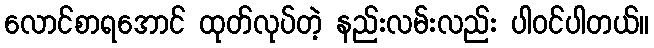
လောင်စာရအောင် ထုတ်လုပ်တဲ့ နည်းလမ်းလည်း ပါဝင်ပါတယ်။